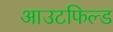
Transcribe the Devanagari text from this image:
आउटफिल्ड